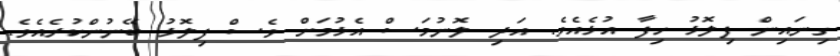
ގިނައިން ފިލޮޅު ހިފާ އުޅެއެވެ. އަދި ލޮނުމަސް އެޅުމަށް ވެސް ފިލޮޅު ބޭނުންކުރެއެވެ.